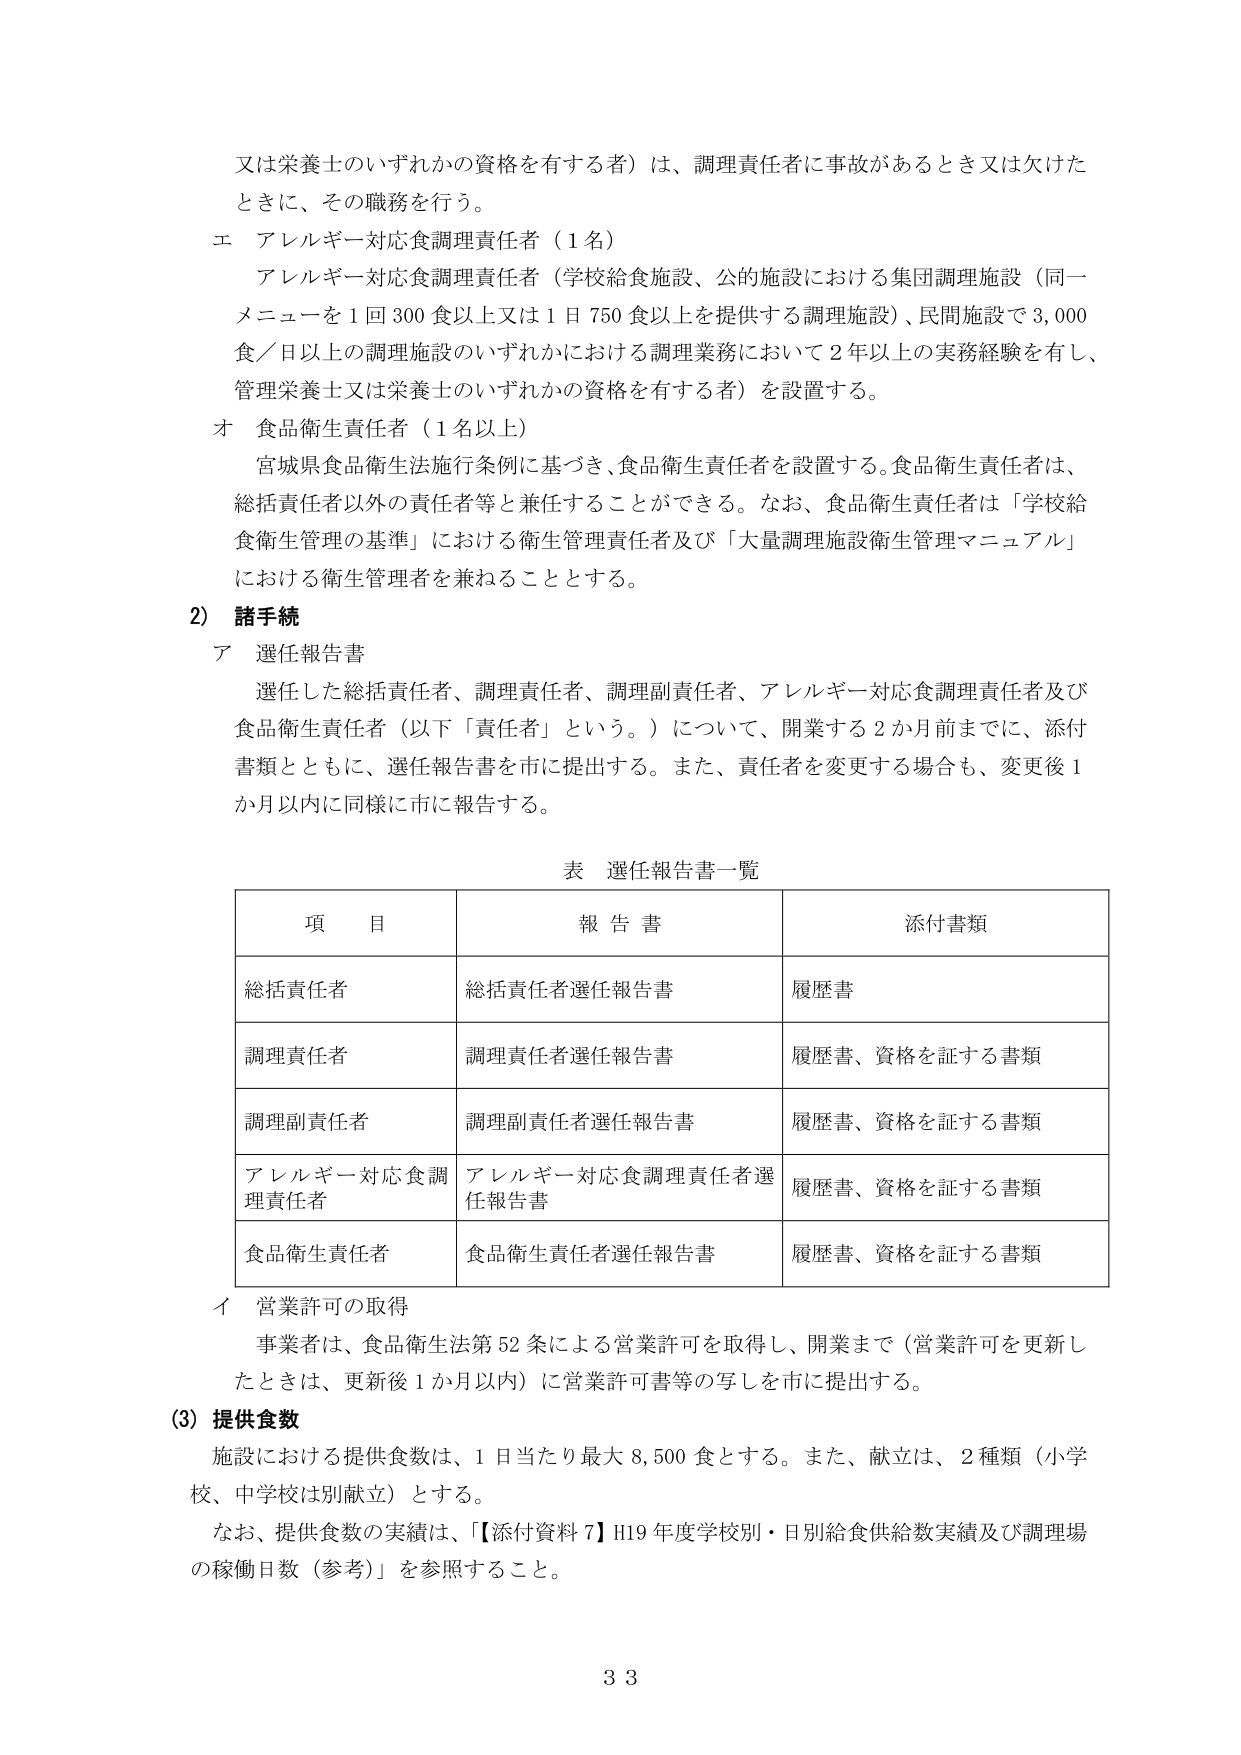
又は栄養士のいずれかの資格を有する者）は、調理責任者に事故があるとき又は欠けたときに、その職務を行う。

エ アレルギー対応食調理責任者（1名）
アレルギー対応食調理責任者（学校給食施設、公的施設における集団調理施設（同一メニューを1回300食以上又は1日750食以上を提供する調理施設）、民間施設で3,000食／日以上の調理施設のいずれかにおける調理業務において2年以上の実務経験を有し、管理栄養士又は栄養士のいずれかの資格を有する者）を設置する。

オ 食品衛生責任者（1名以上）
宮城県食品衛生法施行条例に基づき、食品衛生責任者を設置する。食品衛生責任者は、総括責任者以外の責任者等と兼任することができる。なお、食品衛生責任者は「学校給食衛生管理の基準」における衛生管理責任者及び「大量調理施設衛生管理マニュアル」における衛生管理者を兼ねることとする。

2) 諸手続
ア 選任報告書
選任した総括責任者、調理責任者、調理副責任者、アレルギー対応食調理責任者及び食品衛生責任者（以下「責任者」という。）について、開業する2か月前までに、添付書類とともに、選任報告書を市に提出する。また、責任者を変更する場合も、変更後1か月以内に同様に市に報告する。

表 選任報告書一覧
| 項目 | 報告書 | 添付書類 |
|------|--------|----------|
| 総括責任者 | 総括責任者選任報告書 | 履歴書 |
| 調理責任者 | 調理責任者選任報告書 | 履歴書、資格を証する書類 |
| 調理副責任者 | 調理副責任者選任報告書 | 履歴書、資格を証する書類 |
| アレルギー対応食調理責任者 | アレルギー対応食調理責任者選任報告書 | 履歴書、資格を証する書類 |
| 食品衛生責任者 | 食品衛生責任者選任報告書 | 履歴書、資格を証する書類 |

イ 営業許可の取得
事業者は、食品衛生法第52条による営業許可を取得し、開業まで（営業許可を更新したときは、更新後1か月以内）に営業許可書等の写しを市に提出する。

(3) 提供食数
施設における提供食数は、1日当たり最大8,500食とする。また、献立は、2種類（小学校、中学校は別献立）とする。
なお、提供食数の実績は、「【添付資料7】H19年度学校別・日別給食供給数実績及び調理場の稼働日数（参考）」を参照すること。

33